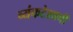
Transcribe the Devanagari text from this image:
व्यंकटेशाची